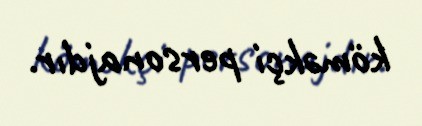
köməkçi personajdır.